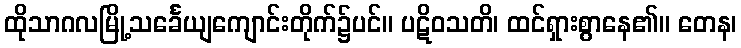
ထိုသာဂလမြို့သင်္ခေယျကျောင်းတိုက်၌ပင်။ ပဋိဝသတိ၊ ထင်ရှားစွာနေ၏။ တေန၊